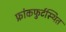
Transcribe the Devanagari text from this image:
फ्रांकफुर्टस्थित